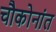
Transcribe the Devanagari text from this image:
चौकोनांत